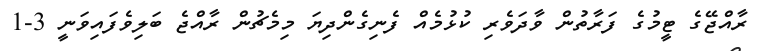
ރާއްޖޭގެ ޓީމުގެ ފަރާތުން ވާދަވެރި ކުޅުމެއް ފެނިގެންދިޔަ މިމެޗުން ރާއްޖެ ބަލިވެފައިވަނީ 3-1